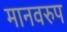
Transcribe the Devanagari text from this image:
मानवरुप